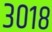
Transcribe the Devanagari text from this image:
३०१८